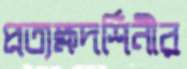
প্রত্যক্ষদর্শিনীর